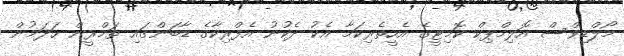
މޯލްޑިވްސް އޮލިމްޕިކް ކޮމިޓީގެ އެހީތެރިކަމާ އެކު ދެކުނު އެފްރިކާގެ ޑާބަންގައި ތަމްރީން ހަދަމުން